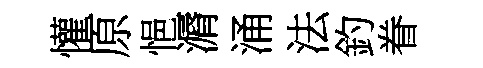
懽原悒漘涌法釣眷